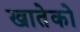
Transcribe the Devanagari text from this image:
खातेको